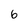
Character: 6